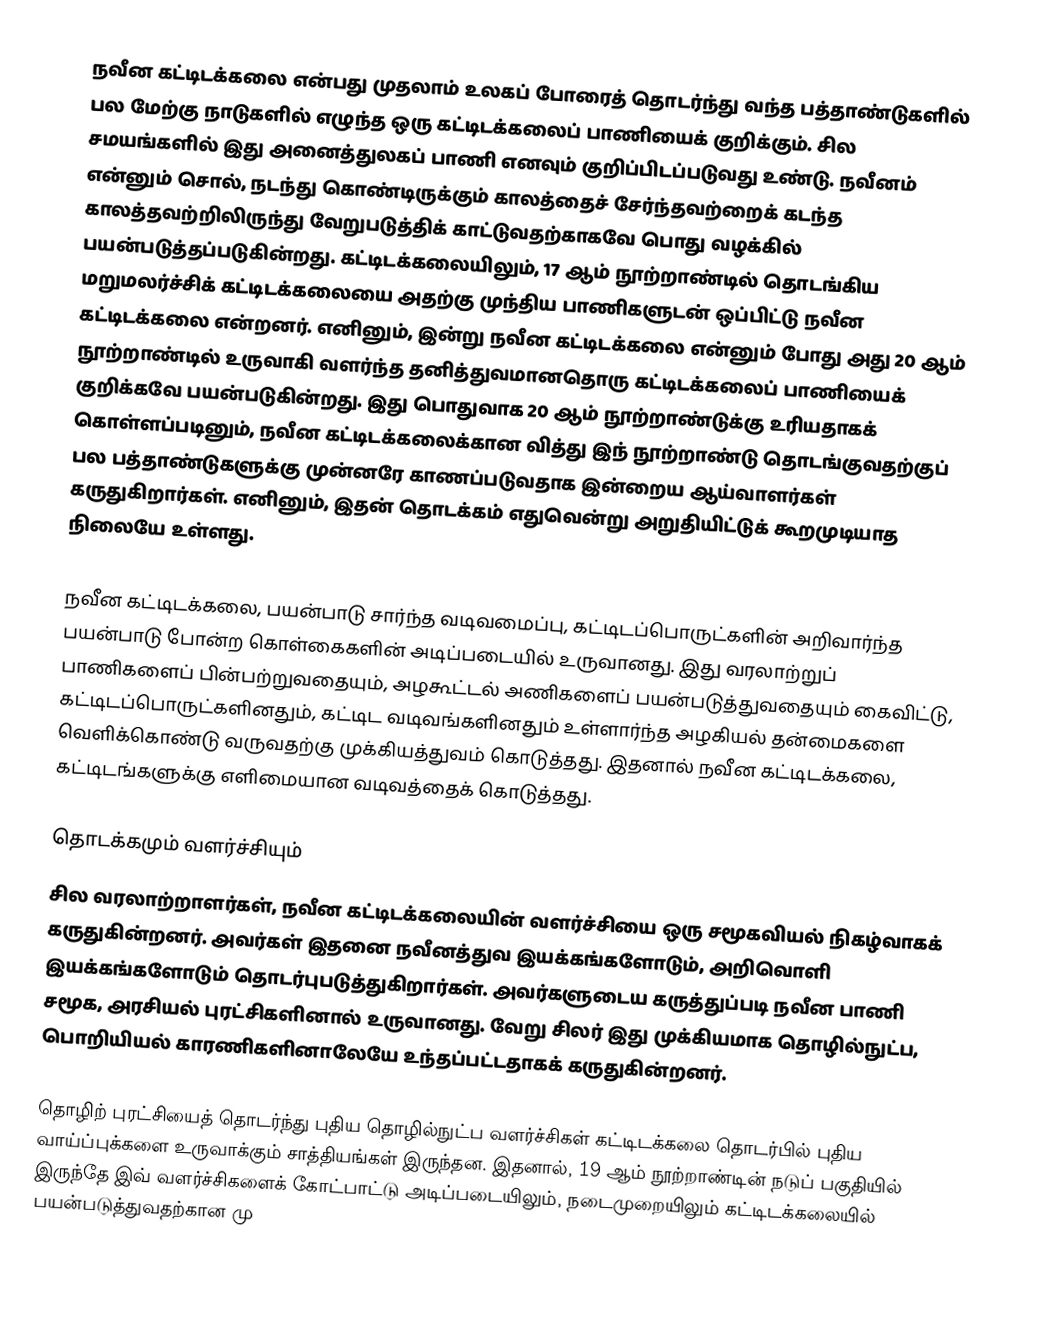
நவீன கட்டிடக்கலை என்பது முதலாம் உலகப் போரைத் தொடர்ந்து வந்த பத்தாண்டுகளில் பல மேற்கு நாடுகளில் எழுந்த ஒரு கட்டிடக்கலைப் பாணியைக் குறிக்கும். சில சமயங்களில் இது அனைத்துலகப் பாணி எனவும் குறிப்பிடப்படுவது உண்டு. நவீனம் என்னும் சொல், நடந்து கொண்டிருக்கும் காலத்தைச் சேர்ந்தவற்றைக் கடந்த காலத்தவற்றிலிருந்து வேறுபடுத்திக் காட்டுவதற்காகவே பொது வழக்கில் பயன்படுத்தப்படுகின்றது. கட்டிடக்கலையிலும், 17 ஆம் நூற்றாண்டில் தொடங்கிய மறுமலர்ச்சிக் கட்டிடக்கலையை அதற்கு முந்திய பாணிகளுடன் ஒப்பிட்டு நவீன கட்டிடக்கலை என்றனர். எனினும், இன்று நவீன கட்டிடக்கலை என்னும் போது அது 20 ஆம் நூற்றாண்டில் உருவாகி வளர்ந்த தனித்துவமானதொரு கட்டிடக்கலைப் பாணியைக் குறிக்கவே பயன்படுகின்றது. இது பொதுவாக 20 ஆம் நூற்றாண்டுக்கு உரியதாகக் கொள்ளப்படினும், நவீன கட்டிடக்கலைக்கான வித்து இந் நூற்றாண்டு தொடங்குவதற்குப் பல பத்தாண்டுகளுக்கு முன்னரே காணப்படுவதாக இன்றைய ஆய்வாளர்கள் கருதுகிறார்கள். எனினும், இதன் தொடக்கம் எதுவென்று அறுதியிட்டுக் கூறமுடியாத நிலையே உள்ளது.

நவீன கட்டிடக்கலை, பயன்பாடு சார்ந்த வடிவமைப்பு, கட்டிடப்பொருட்களின் அறிவார்ந்த பயன்பாடு போன்ற கொள்கைகளின் அடிப்படையில் உருவானது. இது வரலாற்றுப் பாணிகளைப் பின்பற்றுவதையும், அழகூட்டல் அணிகளைப் பயன்படுத்துவதையும் கைவிட்டு, கட்டிடப்பொருட்களினதும், கட்டிட வடிவங்களினதும் உள்ளார்ந்த அழகியல் தன்மைகளை வெளிக்கொண்டு வருவதற்கு முக்கியத்துவம் கொடுத்தது. இதனால் நவீன கட்டிடக்கலை, கட்டிடங்களுக்கு எளிமையான வடிவத்தைக் கொடுத்தது.

தொடக்கமும் வளர்ச்சியும்
சில வரலாற்றாளர்கள், நவீன கட்டிடக்கலையின் வளர்ச்சியை ஒரு சமூகவியல் நிகழ்வாகக் கருதுகின்றனர். அவர்கள் இதனை நவீனத்துவ இயக்கங்களோடும், அறிவொளி இயக்கங்களோடும் தொடர்புபடுத்துகிறார்கள். அவர்களுடைய கருத்துப்படி நவீன பாணி சமூக, அரசியல் புரட்சிகளினால் உருவானது. வேறு சிலர் இது முக்கியமாக தொழில்நுட்ப, பொறியியல் காரணிகளினாலேயே உந்தப்பட்டதாகக் கருதுகின்றனர்.

தொழிற் புரட்சியைத் தொடர்ந்து புதிய தொழில்நுட்ப வளர்ச்சிகள் கட்டிடக்கலை தொடர்பில் புதிய வாய்ப்புக்களை உருவாக்கும் சாத்தியங்கள் இருந்தன. இதனால், 19 ஆம் நூற்றாண்டின் நடுப் பகுதியில் இருந்தே இவ் வளர்ச்சிகளைக் கோட்பாட்டு அடிப்படையிலும், நடைமுறையிலும் கட்டிடக்கலையில் பயன்படுத்துவதற்கான மு